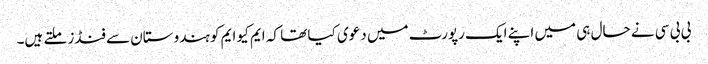
بی بی سی نے حال ہی میں اپنے ایک رپورٹ میں دعوی کیا تھا کہ ایم کیو ایم کو ہندوستان سے فنڈز ملتے ہیں۔